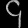
Digit: ၄